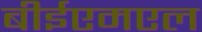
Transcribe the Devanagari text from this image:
बीईएमएल